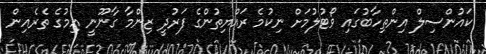
ކައުންސިލް އިންތިހާބުގައި ވޯޓުލުމަށް ނިކުމެ ރައްޔިތުންގެ ފަރުދީ ޒިންމާ ގާނޫނީ އިމުގެ ތެރެއިން